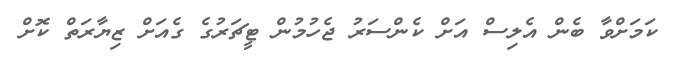
ކަމަށްވާ ބެން އެލިސް އަށް ކެންސަރު ޖެހުމުން ޓީޗަރުގެ ގެއަށް ޒިޔާރަތް ކޮށް